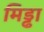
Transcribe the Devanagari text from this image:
मिड्ढा